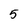
Character: 5